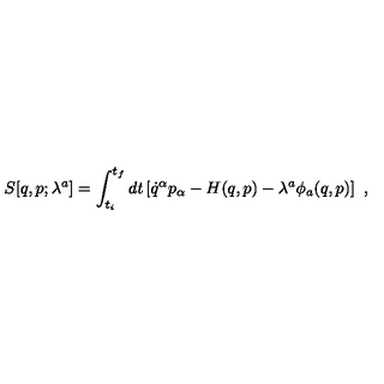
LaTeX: S [ q , p ; \lambda ^ { a } ] = \int _ { t _ { i } } ^ { t _ { f } } d t \left[ \dot { q } ^ { \alpha } p _ { \alpha } - H ( q , p ) - \lambda ^ { a } \phi _ { a } ( q , p ) \right] \ ,